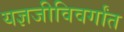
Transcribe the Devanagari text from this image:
यज्ञजीविवर्गांत